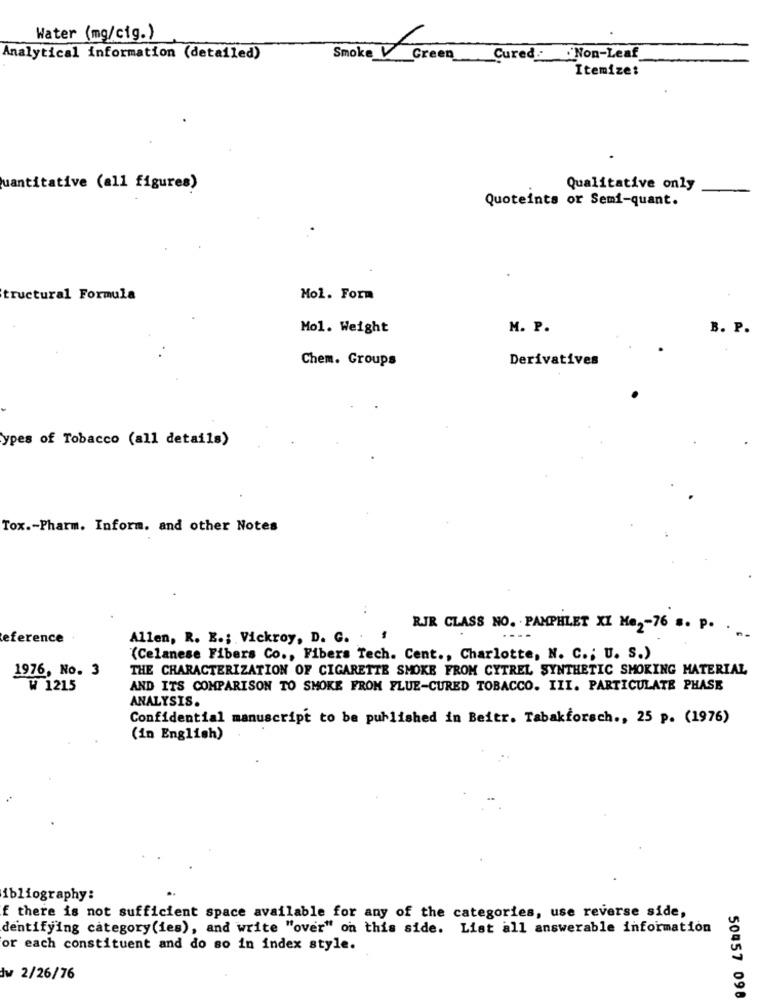
Water (mg/cig.)
SmokeGreen
Analytical information (detailed)
Green Cured: Non-Leaf
Itemize:
uantitative (all figures)
Qualitative only
-
Quoteints or Semi-quant.
tructural Formula
Mol. Form
Mol. Weight
M. P.
B. P.
Chem. Groups
Derivatives
ypes of Tobacco (all details)
Tox .- Pharm. Inform. and other Notes
RJR CLASS NO. PAMPHLET XI Me2-76 s. P. ..
eference
Allen, R. E .; Vickroy, D. G.
(Celanese Fibers Co ., Fibers Tech. Cent ., Charlotte, N. C .; U. S.)
1976, No. 3
THE CHARACTERIZATION OF CIGARETTE SMOKE FROM CYTREL SYNTHETIC SMOKING MATERIAL
₩ 1215
AND ITS COMPARISON TO SMOKE FROM FLUE-CURED TOBACCO. III. PARTICULATE PHASE
ANALYSIS.
Confidential manuscript to be published in Beitr. Tabakforsch ., 25 p. (1976)
(in English)
ibliography:
f there is not sufficient space available for any of the categories, use reverse side,
dentifying category(ies), and write "over" on this side. List all answerable information
or each constituent and do so in index style.
Jw 2/26/76
50457 098